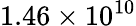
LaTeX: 1.46\times 10^{10}